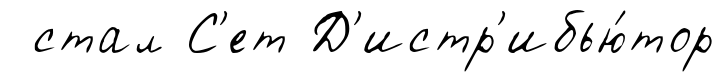
стал С'ет Д'истр'ибью́тор